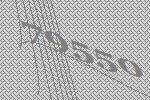
79550